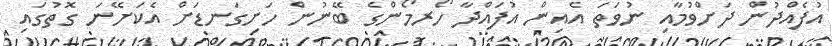
އުފެއްދުން ދަށްވުމާއި ނުވަތަ އެއިން އުފައްދާ ހޯރމޯންގެ ބޭނުން ހަށިގަނޑަށް އެކަށޭނަ ގޮތުގައި